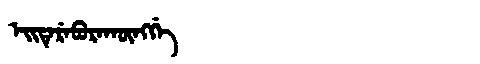
Manchu: ᡝᡳᡨᡝᡵᡝᠪᡠᡵᠠᡴᡡᠩᡤᡝ
Romanization: EITEREBURAKŪNGGE